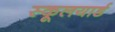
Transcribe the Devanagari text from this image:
स्कूलयार्ड